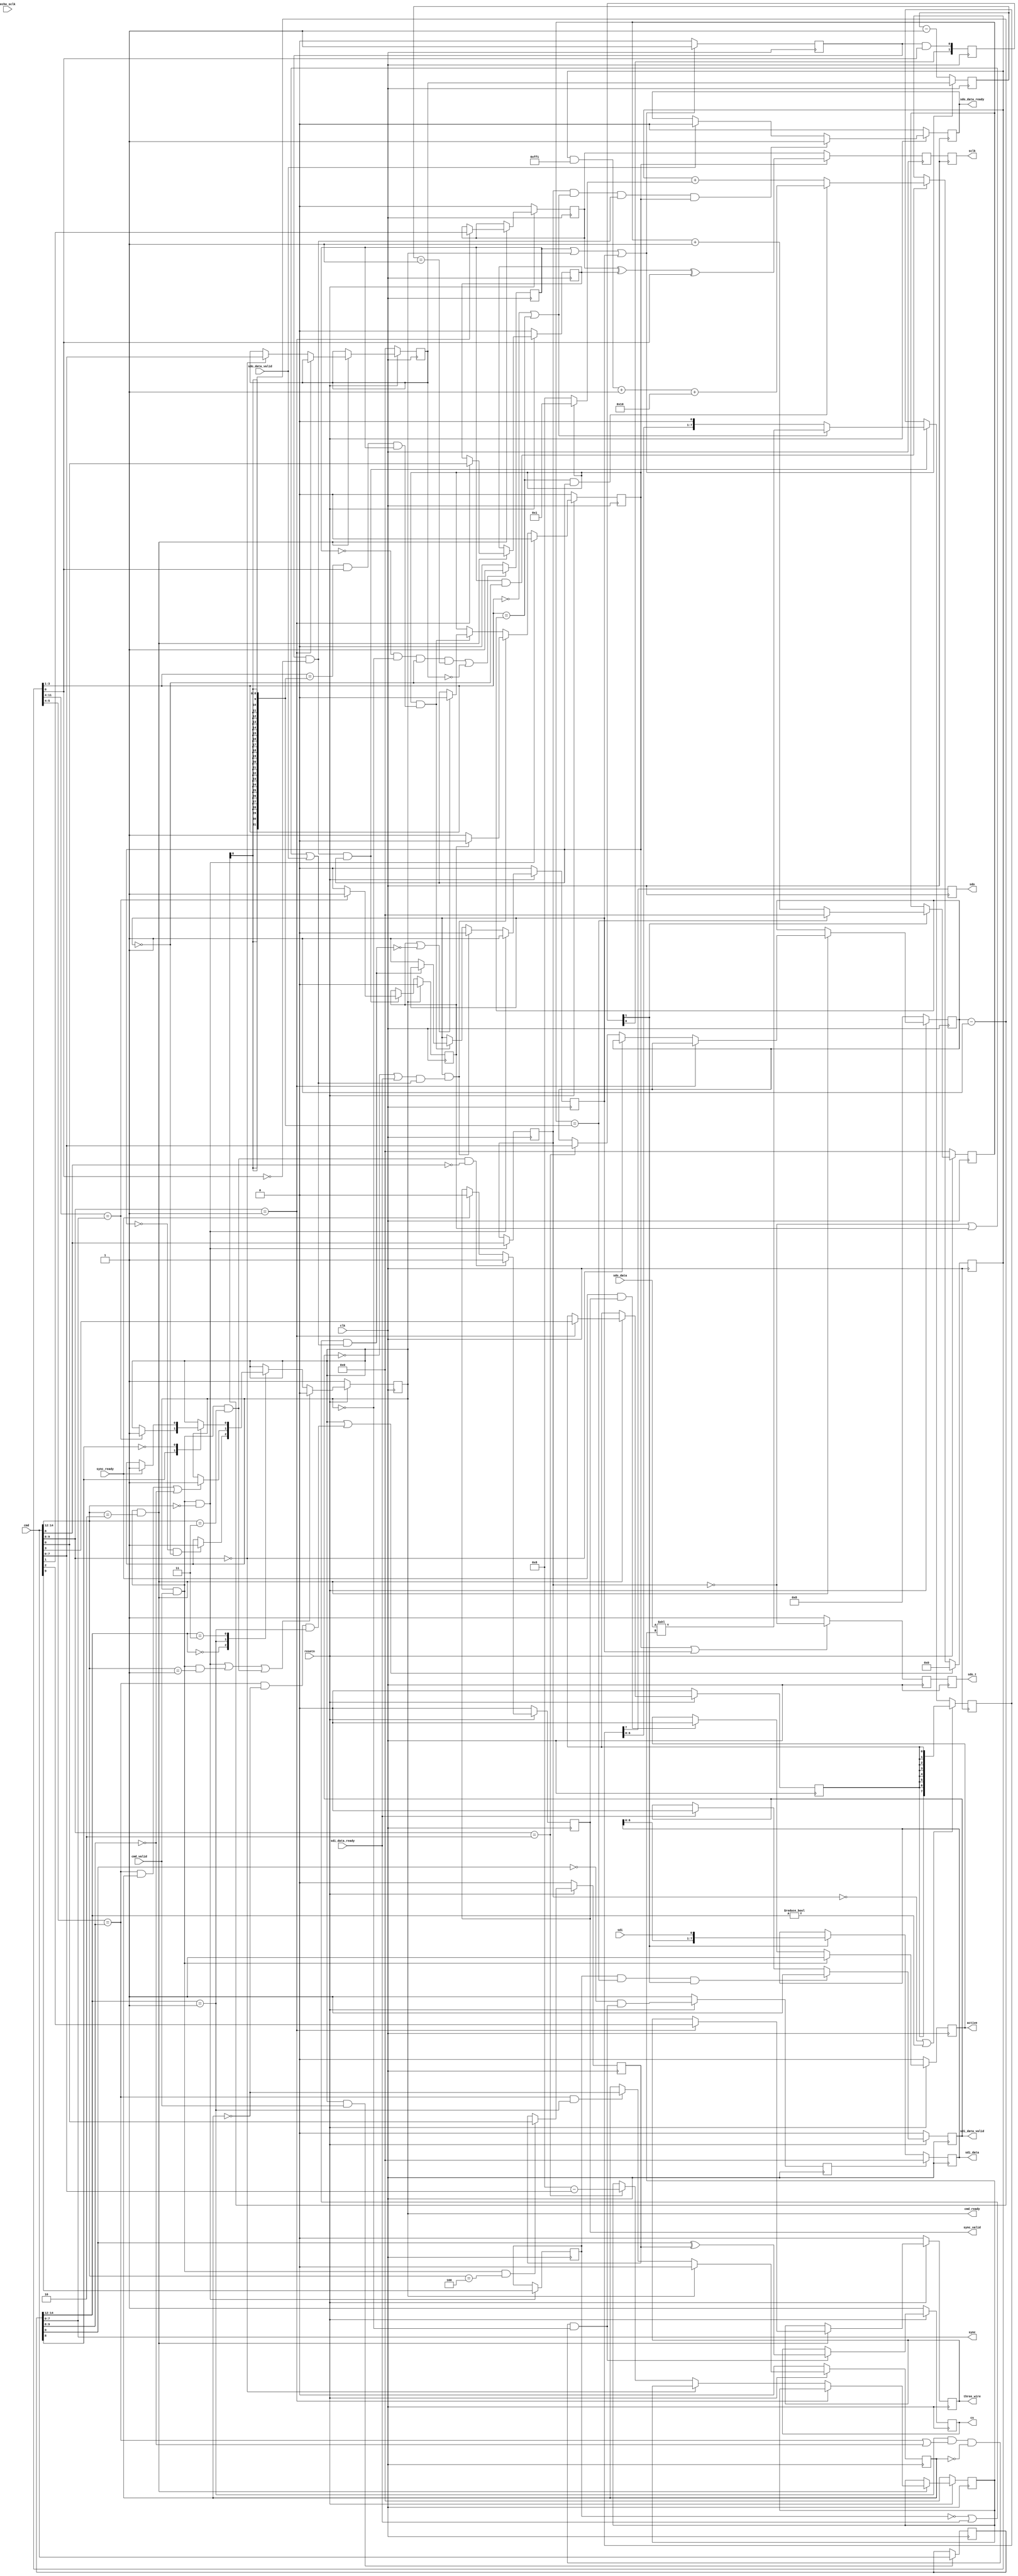
// ***************************************************************************
// ***************************************************************************
// Copyright (C) 2015-2024 Analog Devices, Inc. All rights reserved.
//
// In this HDL repository, there are many different and unique modules, consisting
// of various HDL (Verilog or VHDL) components. The individual modules are
// developed independently, and may be accompanied by separate and unique license
// terms.
//
// The user should read each of these license terms, and understand the
// freedoms and responsibilities that he or she has by using this source/core.
//
// This core is distributed in the hope that it will be useful, but WITHOUT ANY
// WARRANTY; without even the implied warranty of MERCHANTABILITY or FITNESS FOR
// A PARTICULAR PURPOSE.
//
// Redistribution and use of source or resulting binaries, with or without modification
// of this file, are permitted under one of the following two license terms:
//
//   1. The GNU General Public License version 2 as published by the
//      Free Software Foundation, which can be found in the top level directory
//      of this repository (LICENSE_GPL2), and also online at:
//      <https://www.gnu.org/licenses/old-licenses/gpl-2.0.html>
//
// OR
//
//   2. An ADI specific BSD license, which can be found in the top level directory
//      of this repository (LICENSE_ADIBSD), and also on-line at:
//      https://github.com/analogdevicesinc/hdl/blob/main/LICENSE_ADIBSD
//      This will allow to generate bit files and not release the source code,
//      as long as it attaches to an ADI device.
//
// ***************************************************************************
// ***************************************************************************

`timescale 1ns/100ps

module spi_engine_execution #(

  parameter NUM_OF_CS = 1,
  parameter DEFAULT_SPI_CFG = 0,
  parameter DEFAULT_CLK_DIV = 0,
  parameter DATA_WIDTH = 8,                   // Valid data widths values are 8/16/24/32
  parameter NUM_OF_SDI = 1,
  parameter [0:0] SDO_DEFAULT = 1'b0,
  parameter ECHO_SCLK = 0,
  parameter [1:0] SDI_DELAY = 2'b00
) (
  input clk,
  input resetn,

  output reg active,

  output cmd_ready,
  input cmd_valid,
  input [15:0] cmd,

  input sdo_data_valid,
  output reg sdo_data_ready,
  input [(DATA_WIDTH-1):0] sdo_data,

  input sdi_data_ready,
  output reg sdi_data_valid,
  output [(NUM_OF_SDI * DATA_WIDTH)-1:0] sdi_data,

  input sync_ready,
  output reg sync_valid,
  output [7:0] sync,

  input echo_sclk,
  output reg sclk,
  output reg sdo,
  output reg sdo_t,
  input [NUM_OF_SDI-1:0] sdi,
  output reg [NUM_OF_CS-1:0] cs,
  output reg three_wire
);

  localparam CMD_TRANSFER = 3'b000;
  localparam CMD_CHIPSELECT = 3'b001;
  localparam CMD_WRITE = 3'b010;
  localparam CMD_MISC = 3'b011;
  localparam CMD_CS_INV = 3'b100;

  localparam MISC_SYNC = 1'b0;
  localparam MISC_SLEEP = 1'b1;

  localparam REG_CLK_DIV = 2'b00;
  localparam REG_CONFIG = 2'b01;
  localparam REG_WORD_LENGTH = 2'b10;

  localparam BIT_COUNTER_WIDTH = DATA_WIDTH > 16 ? 5 :
                                 DATA_WIDTH > 8  ? 4 : 3;

  localparam BIT_COUNTER_CARRY = 2** (BIT_COUNTER_WIDTH + 1);
  localparam BIT_COUNTER_CLEAR = {{8{1'b1}}, {BIT_COUNTER_WIDTH{1'b0}}, 1'b1};

  reg sclk_int = 1'b0;
  wire sdo_int_s;
  reg sdo_t_int = 1'b0;

  reg idle;

  reg [7:0] clk_div_counter = 'h00;
  reg [7:0] clk_div_counter_next = 'h00;
  reg clk_div_last;

  reg [(BIT_COUNTER_WIDTH+8):0] counter = 'h00;

  wire [7:0] sleep_counter = counter[(BIT_COUNTER_WIDTH+8):(BIT_COUNTER_WIDTH+1)];
  wire [1:0] cs_sleep_counter = counter[(BIT_COUNTER_WIDTH+2):(BIT_COUNTER_WIDTH+1)];
  wire [(BIT_COUNTER_WIDTH-1):0] bit_counter = counter[BIT_COUNTER_WIDTH:1];
  wire [7:0] transfer_counter = counter[(BIT_COUNTER_WIDTH+8):(BIT_COUNTER_WIDTH+1)];
  wire ntx_rx = counter[0];

  reg trigger = 1'b0;
  reg trigger_next = 1'b0;
  reg wait_for_io = 1'b0;
  reg transfer_active = 1'b0;

  wire last_bit;
  wire first_bit;
  reg last_transfer;
  reg [7:0] word_length = DATA_WIDTH;
  reg [7:0] left_aligned = 8'b0;
  wire end_of_word;

  reg [7:0] sdi_counter = 8'b0;

  assign first_bit = ((bit_counter == 'h0) ||  (bit_counter == word_length));

  reg [15:0] cmd_d1;

  reg cpha = DEFAULT_SPI_CFG[0];
  reg cpol = DEFAULT_SPI_CFG[1];
  reg [7:0] clk_div = DEFAULT_CLK_DIV;
  reg sdo_idle_state = SDO_DEFAULT;

  reg [NUM_OF_CS-1:0] cs_inv_mask_reg = 'h0;

  reg sdo_enabled = 1'b0;
  reg sdi_enabled = 1'b0;

  reg [(DATA_WIDTH-1):0] data_sdo_shift = 'h0;

  reg [SDI_DELAY+1:0] trigger_rx_d = {(SDI_DELAY+2){1'b0}};

  wire [2:0] inst = cmd[14:12];
  wire [2:0] inst_d1 = cmd_d1[14:12];

  wire exec_cmd = cmd_ready && cmd_valid;
  wire exec_transfer_cmd = exec_cmd && inst == CMD_TRANSFER;
  wire exec_cs_inv_cmd = exec_cmd && inst == CMD_CS_INV;
  wire exec_write_cmd = exec_cmd && inst == CMD_WRITE;
  wire exec_chipselect_cmd = exec_cmd && inst == CMD_CHIPSELECT;
  wire exec_misc_cmd = exec_cmd && inst == CMD_MISC;
  wire exec_sync_cmd = exec_misc_cmd && cmd[8] == MISC_SYNC;

  wire trigger_tx;
  wire trigger_rx;

  wire sleep_counter_compare;
  wire cs_sleep_counter_compare;
  wire cs_sleep_early_exit;
  reg cs_sleep_repeat;
  reg cs_activate;

  wire io_ready1;
  wire io_ready2;
  wire trigger_rx_s;

  wire last_sdi_bit;
  wire end_of_sdi_latch;

  (* direct_enable = "yes" *) wire cs_gen;

  assign cs_gen = inst_d1 == CMD_CHIPSELECT
                  && ((cs_sleep_counter_compare == 1'b1) || cs_sleep_early_exit)
                  && (cs_sleep_repeat == 1'b0)
                  && (idle == 1'b0);
  assign cmd_ready = idle;

  always @(posedge clk) begin
    if (exec_transfer_cmd) begin
      sdo_enabled <= cmd[8];
      sdi_enabled <= cmd[9];
    end
  end

  always @(posedge clk) begin
    if (cmd_ready & cmd_valid)
     cmd_d1 <= cmd;
  end

  always @(posedge clk) begin
    if (resetn == 1'b0) begin
      active <= 1'b0;
    end else begin
      if (exec_cmd == 1'b1)
        active <= 1'b1;
      else if (sync_ready == 1'b1 && sync_valid == 1'b1)
        active <= 1'b0;
    end
  end

  // Load the interface configurations from the 'Configuration Write'
  // instruction
  always @(posedge clk) begin
    if (resetn == 1'b0) begin
      cpha <= DEFAULT_SPI_CFG[0];
      cpol <= DEFAULT_SPI_CFG[1];
      three_wire <= DEFAULT_SPI_CFG[2];
      sdo_idle_state <= SDO_DEFAULT;
      clk_div <= DEFAULT_CLK_DIV;
      word_length <= DATA_WIDTH;
      left_aligned <= 8'b0;
    end else if (exec_write_cmd == 1'b1) begin
      if (cmd[9:8] == REG_CONFIG) begin
        cpha <= cmd[0];
        cpol <= cmd[1];
        three_wire <= cmd[2];
        sdo_idle_state <= cmd[3];
      end else if (cmd[9:8] == REG_CLK_DIV) begin
        clk_div <= cmd[7:0];
      end else if (cmd[9:8] == REG_WORD_LENGTH) begin
        // the max value of this reg must be DATA_WIDTH
        word_length <= cmd[7:0];
        left_aligned <= DATA_WIDTH - cmd[7:0];
      end
    end
  end

  always @(posedge clk) begin
    if ((clk_div_last == 1'b0 && idle == 1'b0 && wait_for_io == 1'b0 &&
      clk_div_counter == 'h01) || clk_div == 'h00)
      clk_div_last <= 1'b1;
    else
      clk_div_last <= 1'b0;
  end

  always @(posedge clk) begin
    if (clk_div_last == 1'b1 || idle == 1'b1 || wait_for_io == 1'b1) begin
      clk_div_counter <= clk_div;
      trigger <= 1'b1;
    end else begin
      clk_div_counter <= clk_div_counter - 1'b1;
      trigger <= 1'b0;
    end
  end

  assign trigger_tx = trigger == 1'b1 && ntx_rx == 1'b0;
  assign trigger_rx = trigger == 1'b1 && ntx_rx == 1'b1;

  assign sleep_counter_compare = sleep_counter == cmd_d1[7:0];
  assign cs_sleep_counter_compare = cs_sleep_counter == cmd_d1[9:8];
  assign cs_sleep_early_exit = (cmd_d1[9:8] == 2'b00);

  always @(posedge clk) begin
    if (resetn == 1'b0) begin
      cs_sleep_repeat <= 1'b0;
    end else begin
      if (idle) begin
        cs_sleep_repeat <= 1'b0;
      end else if (cs_sleep_counter_compare && (inst_d1 == CMD_CHIPSELECT)) begin
        cs_sleep_repeat <= !cs_sleep_repeat;
      end
    end
  end

  always @(posedge clk) begin
    if (idle == 1'b1 || (cs_sleep_counter_compare && !cs_sleep_repeat && inst_d1 == CMD_CHIPSELECT)) begin
      counter <= 'h00;
    end else if (clk_div_last == 1'b1 && wait_for_io == 1'b0) begin
      if (bit_counter == word_length && transfer_active) begin
        counter <= (counter & BIT_COUNTER_CLEAR) + 'h1 + BIT_COUNTER_CARRY;
      end else begin
        counter <= counter + (transfer_active ? 'h1 : (2**BIT_COUNTER_WIDTH));
      end
    end
  end

  always @(posedge clk) begin
    if (resetn == 1'b0) begin
      idle <= 1'b1;
    end else begin
      if (exec_transfer_cmd || exec_chipselect_cmd || exec_misc_cmd) begin
        idle <= 1'b0;
      end else begin
        case (inst_d1)
        CMD_TRANSFER: begin
          if (transfer_active == 1'b0 && wait_for_io == 1'b0 && end_of_sdi_latch == 1'b1)
            idle <= 1'b1;
        end
        CMD_CHIPSELECT: begin
          if ((cs_sleep_counter_compare && cs_sleep_repeat) || cs_sleep_early_exit)
            idle <= 1'b1;
        end
        CMD_MISC: begin
          case (cmd_d1[8])
          MISC_SLEEP: begin
            if (sleep_counter_compare)
              idle <= 1'b1;
          end
          MISC_SYNC: begin
            if (sync_ready)
              idle <= 1'b1;
          end
          endcase
        end
        endcase
      end
    end
  end

  always @(posedge clk ) begin
    if (resetn == 1'b0) begin
      cs_inv_mask_reg <= 'h0;
    end else begin
      if (exec_cs_inv_cmd == 1'b1) begin
        cs_inv_mask_reg <= cmd[NUM_OF_CS-1:0];
      end
    end
  end

  always @(posedge clk) begin
    if (resetn == 1'b0) begin
      cs <= 'hff;
    end else if (cs_gen) begin
      cs <= cmd_d1[NUM_OF_CS-1:0]^cs_inv_mask_reg[NUM_OF_CS-1:0];
    end
  end

  always @(posedge clk) begin
    if (resetn == 1'b0) begin
      sync_valid <= 1'b0;
    end else begin
      if (exec_sync_cmd == 1'b1) begin
        sync_valid <= 1'b1;
      end else if (sync_ready == 1'b1) begin
        sync_valid <= 1'b0;
      end
    end
  end

  assign sync = cmd_d1[7:0];

  always @(posedge clk) begin
    if (resetn == 1'b0)
      sdo_data_ready <= 1'b0;
    else if (sdo_enabled == 1'b1 && first_bit == 1'b1 && trigger_tx == 1'b1 && transfer_active == 1'b1)
      sdo_data_ready <= 1'b1;
    else if (sdo_data_valid == 1'b1)
      sdo_data_ready <= 1'b0;
  end

  assign io_ready1 = (sdi_data_valid == 1'b0 || sdi_data_ready == 1'b1) &&
          (sdo_enabled == 1'b0 || last_transfer == 1'b1 || sdo_data_valid == 1'b1);
  assign io_ready2 = (sdi_enabled == 1'b0 || sdi_data_ready == 1'b1) &&
          (sdo_enabled == 1'b0 || last_transfer == 1'b1 || sdo_data_valid == 1'b1);

  always @(posedge clk) begin
    if (idle == 1'b1) begin
      last_transfer <= 1'b0;
    end else if (trigger_tx == 1'b1 && transfer_active == 1'b1) begin
      if (transfer_counter == cmd_d1[7:0])
        last_transfer <= 1'b1;
      else
        last_transfer <= 1'b0;
    end
  end

  always @(posedge clk) begin
    if (resetn == 1'b0) begin
      transfer_active <= 1'b0;
      wait_for_io <= 1'b0;
    end else begin
      if (exec_transfer_cmd == 1'b1) begin
        wait_for_io <= 1'b1;
        transfer_active <= 1'b0;
      end else if (wait_for_io == 1'b1 && io_ready1 == 1'b1) begin
        wait_for_io <= 1'b0;
        if (last_transfer == 1'b0)
          transfer_active <= 1'b1;
        else
          transfer_active <= 1'b0;
      end else if (transfer_active == 1'b1 && end_of_word == 1'b1) begin
        if (last_transfer == 1'b1 || io_ready2 == 1'b0)
          transfer_active <= 1'b0;
        if (io_ready2 == 1'b0)
          wait_for_io <= 1'b1;
      end
    end
  end

  always @(posedge clk) begin
    if (transfer_active == 1'b1 || wait_for_io == 1'b1)
    begin
      sdo_t_int <= ~sdo_enabled;
    end else begin
      sdo_t_int <= 1'b1;
    end
  end

  // Load the SDO parallel data into the SDO shift register. In case of a custom
  // data width, additional bit shifting must done at load.
  always @(posedge clk) begin
    if (!sdo_enabled || (inst_d1 != CMD_TRANSFER)) begin
      data_sdo_shift <= {DATA_WIDTH{sdo_idle_state}};
    end else if (transfer_active == 1'b1 && trigger_tx == 1'b1) begin
      if (first_bit == 1'b1)
        data_sdo_shift <= sdo_data << left_aligned;
      else
        data_sdo_shift <= {data_sdo_shift[(DATA_WIDTH-2):0], 1'b0};
    end
  end

  assign sdo_int_s = data_sdo_shift[DATA_WIDTH-1];

  // In case of an interface with high clock rate (SCLK > 50MHz), the latch of
  // the SDI line can be delayed with 1, 2 or 3 SPI core clock cycle.
  // Taking the fact that in high SCLK frequencies the pre-scaler most likely will
  // be set to 0, to reduce the core clock's speed, this delay will mean that SDI will
  // be latched at one of the next consecutive SCLK edge.

  always @(posedge clk) begin
    trigger_rx_d <= {trigger_rx_d, trigger_rx};
  end

  assign trigger_rx_s = trigger_rx_d[SDI_DELAY+1];

  // Load the serial data into SDI shift register(s), then link it to the output
  // register of the module
  // NOTE: ECHO_SCLK mode can be used when the SCLK line is looped back to the FPGA
  // through an other level shifter, in order to remove the round-trip timing delays
  // introduced by the level shifters. This can improve the timing significantly
  // on higher SCLK rates. Devices like ad4630 have an echod SCLK, which can be
  // used to latch the MISO lines, improving the overall timing margin of the
  // interface.

  always @(posedge clk) begin
    if (!resetn) begin // set cs_activate during reset for a cycle to clear shift reg
      cs_activate <= 1;
    end else begin
      cs_activate <= ~(&cmd_d1[NUM_OF_CS-1:0]) & cs_gen;
    end
  end

  genvar i;

  // NOTE: SPI configuration (CPOL/PHA) is only hardware configurable at this point
  generate
  if (ECHO_SCLK == 1) begin : g_echo_sclk_miso_latch

    reg [7:0] sdi_counter_d = 8'b0;
    reg [7:0] sdi_transfer_counter = 8'b0;
    reg [7:0] num_of_transfers = 8'b0;
    reg [(NUM_OF_SDI * DATA_WIDTH)-1:0] sdi_data_latch = {(NUM_OF_SDI * DATA_WIDTH){1'b0}};

    if ((DEFAULT_SPI_CFG[1:0] == 2'b01) || (DEFAULT_SPI_CFG[1:0] == 2'b10)) begin : g_echo_miso_nshift_reg

      // MISO shift register runs on negative echo_sclk
      for (i=0; i<NUM_OF_SDI; i=i+1) begin: g_sdi_shift_reg
        reg [DATA_WIDTH-1:0] data_sdi_shift;

        always @(negedge echo_sclk or posedge cs_activate) begin
          if (cs_activate) begin
            data_sdi_shift <= 0;
          end else begin
            data_sdi_shift <= {data_sdi_shift, sdi[i]};
          end
        end

        // intended LATCH
        always @(negedge echo_sclk) begin
          if (last_sdi_bit)
            sdi_data_latch[i*DATA_WIDTH+:DATA_WIDTH] <= {data_sdi_shift, sdi[i]};
        end

      end

      always @(posedge echo_sclk or posedge cs_activate) begin
        if (cs_activate) begin
          sdi_counter <= 8'b0;
          sdi_counter_d <= 8'b0;
        end else begin
          sdi_counter <= (sdi_counter == word_length-1) ? 8'b0 : sdi_counter + 1'b1;
          sdi_counter_d <= sdi_counter;
        end
      end

    end else begin : g_echo_miso_pshift_reg

      // MISO shift register runs on positive echo_sclk
      for (i=0; i<NUM_OF_SDI; i=i+1) begin: g_sdi_shift_reg
        reg [DATA_WIDTH-1:0] data_sdi_shift;
        always @(posedge echo_sclk or posedge cs_activate) begin
          if (cs_activate) begin
            data_sdi_shift <= 0;
          end else begin
            data_sdi_shift <= {data_sdi_shift, sdi[i]};
          end
        end
        // intended LATCH
        always @(posedge echo_sclk) begin
          if (last_sdi_bit)
            sdi_data_latch[i*DATA_WIDTH+:DATA_WIDTH] <= data_sdi_shift;
        end
      end

      always @(posedge echo_sclk or posedge cs_activate) begin
        if (cs_activate) begin
          sdi_counter <= 8'b0;
          sdi_counter_d <= 8'b0;
        end else begin
          sdi_counter <= (sdi_counter == word_length-1) ? 8'b0 : sdi_counter + 1'b1;
          sdi_counter_d <= sdi_counter;
        end
      end

    end

    assign sdi_data = sdi_data_latch;
    assign last_sdi_bit = (sdi_counter == 0) && (sdi_counter_d == word_length-1);

    // sdi_data_valid is synchronous to SPI clock, so synchronize the
    // last_sdi_bit to SPI clock

    reg [3:0] last_sdi_bit_m = 4'b0;
    always @(posedge clk) begin
      if (cs_activate) begin
        last_sdi_bit_m <= 4'b0;
      end else begin
        last_sdi_bit_m <= {last_sdi_bit_m, last_sdi_bit};
      end
    end

    always @(posedge clk) begin
      if (cs_activate) begin
        sdi_data_valid <= 1'b0;
      end else if (sdi_enabled == 1'b1 &&
                   last_sdi_bit_m[3] == 1'b0 &&
                   last_sdi_bit_m[2] == 1'b1) begin
        sdi_data_valid <= 1'b1;
      end else if (sdi_data_ready == 1'b1) begin
        sdi_data_valid <= 1'b0;
      end
    end

    always @(posedge clk) begin
      if (cs_activate) begin
        num_of_transfers <= 8'b0;
      end else begin
        if (cmd_d1[15:12] == 4'b0) begin
          num_of_transfers <= cmd_d1[7:0] + 1'b1; // cmd_d1 contains the NUM_OF_TRANSFERS - 1
        end
      end
    end

    always @(posedge clk) begin
      if (cs_activate) begin
        sdi_transfer_counter <= 0;
      end else if (last_sdi_bit_m[2] == 1'b0 &&
                   last_sdi_bit_m[1] == 1'b1) begin
        sdi_transfer_counter <= sdi_transfer_counter + 1'b1;
      end
    end

    assign end_of_sdi_latch = last_sdi_bit_m[2] & (sdi_transfer_counter == num_of_transfers);

  end /* g_echo_sclk_miso_latch */
  else
  begin : g_sclk_miso_latch

    assign end_of_sdi_latch = 1'b1;

    for (i=0; i<NUM_OF_SDI; i=i+1) begin: g_sdi_shift_reg

      reg [DATA_WIDTH-1:0] data_sdi_shift;

      always @(posedge clk) begin
        if (cs_activate) begin
          data_sdi_shift <= 0;
        end else begin
          if (trigger_rx_s == 1'b1) begin
            data_sdi_shift <= {data_sdi_shift, sdi[i]};
          end
        end
      end

      assign sdi_data[i*DATA_WIDTH+:DATA_WIDTH] = data_sdi_shift;

    end

    assign last_sdi_bit = (sdi_counter == word_length-1);
    always @(posedge clk) begin
      if (resetn == 1'b0) begin
        sdi_counter <= 8'b0;
      end else begin
        if (trigger_rx_s == 1'b1) begin
          sdi_counter <= last_sdi_bit ? 8'b0 : sdi_counter + 1'b1;
        end
      end
    end

    always @(posedge clk) begin
      if (resetn == 1'b0)
        sdi_data_valid <= 1'b0;
      else if (sdi_enabled == 1'b1 && last_sdi_bit == 1'b1 && trigger_rx_s == 1'b1)
        sdi_data_valid <= 1'b1;
      else if (sdi_data_ready == 1'b1)
        sdi_data_valid <= 1'b0;
    end

  end /* g_sclk_miso_latch */
  endgenerate

  // end_of_word will signal the end of a transaction, pushing the command
  // stream execution to the next command. end_of_word in normal mode can be
  // generated using the global bit_counter
  assign last_bit = bit_counter == word_length - 1;
  assign end_of_word = last_bit == 1'b1 && ntx_rx == 1'b1 && clk_div_last == 1'b1;

  always @(posedge clk) begin
    if (transfer_active == 1'b1) begin
      sclk_int <= cpol ^ cpha ^ ntx_rx;
    end else begin
      sclk_int <= cpol;
    end
  end

  // Additional register stage to improve timing
  always @(posedge clk) begin
    sclk <= sclk_int;
    sdo <= sdo_int_s;
    sdo_t <= sdo_t_int;
  end

endmodule